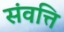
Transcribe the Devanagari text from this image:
संवत्ति